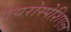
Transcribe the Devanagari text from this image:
एयरोस्पेशिएल